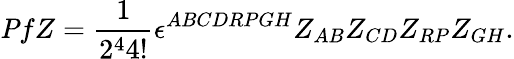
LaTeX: {\mathit Pf}Z={\frac{1}{2^{4}4!}}\epsilon^{ABCDRPGH}Z_{AB}Z_{CD}Z_{RP}Z_{GH}.